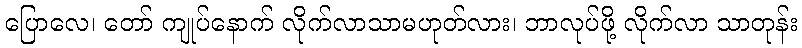
ပြောလေ၊ တော် ကျုပ်နောက် လိုက်လာသာမဟုတ်လား၊ ဘာလုပ်ဖို့ လိုက်လာ သာတုန်း